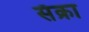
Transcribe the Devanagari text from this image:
सॅक्रा